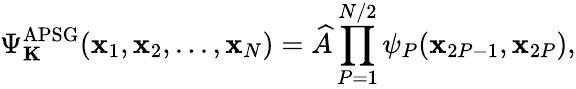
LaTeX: \Psi_{\mathbf K}^{\textrm{APSG}}(\mathbf{x}_{1},\mathbf{x}_{2},...,\mathbf{x}_{N})=\widehat{A}\prod_{P=1}^{N/2}\psi_{P}(\mathbf{x}_{2P-1},\mathbf{x}_{2P}),